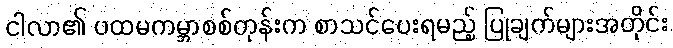
ငါလာ၏ ပထမကမ္ဘာစစ်တုန်းက စာသင်ပေးရမည့် ပြုချက်များအတိုင်း